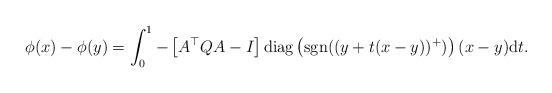
LaTeX: \begin{align*} \phi(x)- \phi(y)=\int_{0}^{1} -\left[A^\top Q A-I\right]\mbox{diag}\left(\mbox{sgn}((y+t(x-y))^+)\right)(x-y) \mbox{d}t.\end{align*}